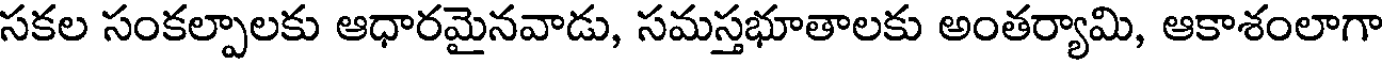
సకల సంకల్పాలకు ఆధారమైనవాడు, సమస్తభూతాలకు అంతర్యామి, ఆకాశంలాగా